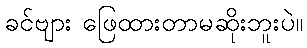
ခင်ဗျား ဖြေထားတာမဆိုးဘူးပဲ။